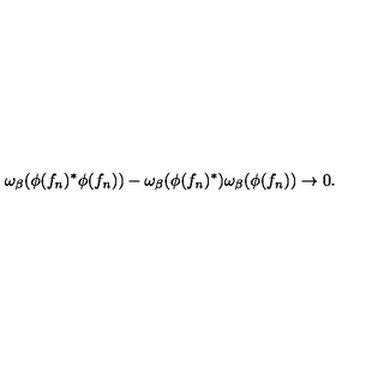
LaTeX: \omega _ { \beta } ( \phi ( f _ { n } ) ^ { * } \phi ( f _ { n } ) ) - \omega _ { \beta } ( \phi ( f _ { n } ) ^ { * } ) \omega _ { \beta } ( \phi ( f _ { n } ) ) \rightarrow 0 .